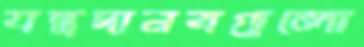
যন্ত্রদানবগুলো